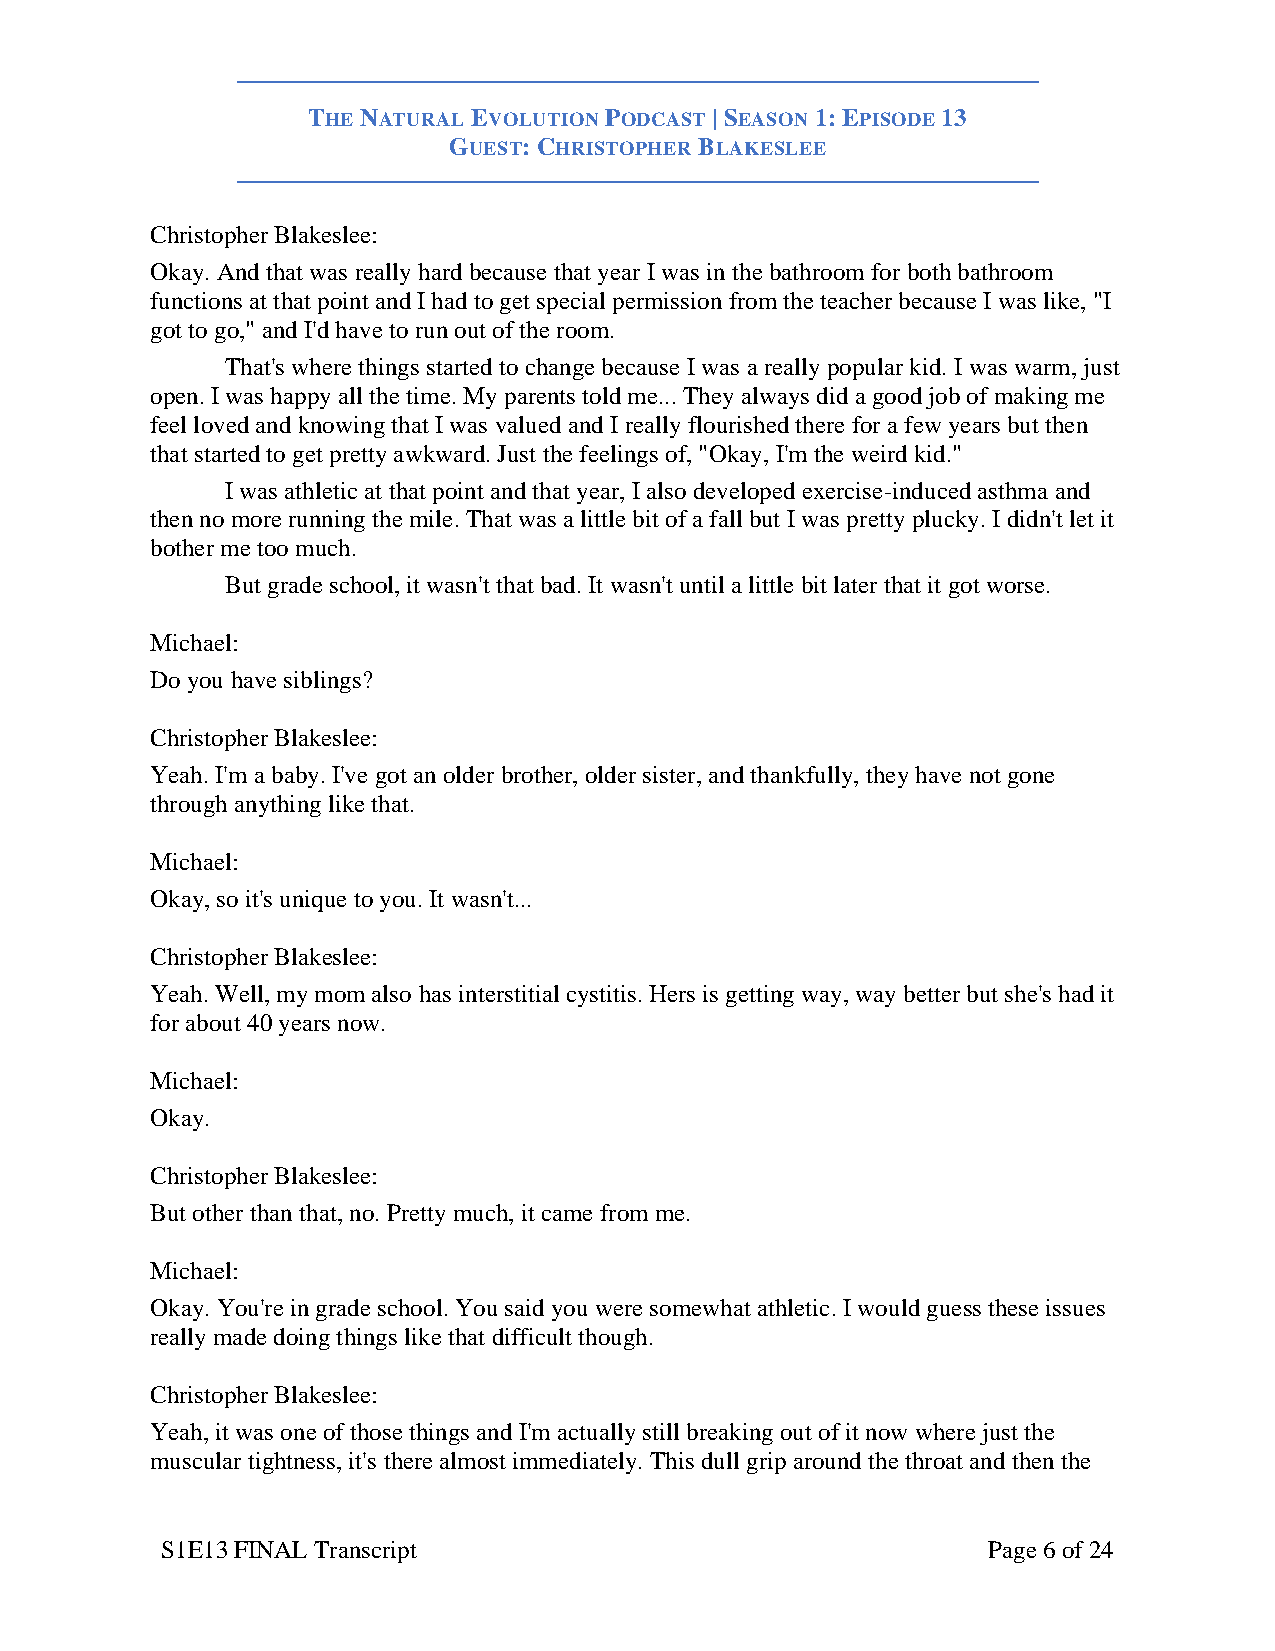
THE NATURAL EVOLUTION PODCAST | SEASON 1: EPISODE 13
 GUEST: CHRISTOPHER BLAKESLEE
 Christopher Blakeslee:
 Okay. And that was really hard because that year I was in the bathroom for both bathroom
 functions at that point and I had to get special permission from the teacher because I was like, "I
 got to go," and I'd have to run out of the room.
 That's where things started to change because I was a really popular kid. I was warm, just
 open. I was happy all the time. My parents told me... They always did a good job of making me
 feel loved and knowing that I was valued and I really flourished there for a few years but then
 that started to get pretty awkward. Just the feelings of, "Okay, I'm the weird kid."
 I was athletic at that point and that year, I also developed exercise-induced asthma and
 then no more running the mile. That was a little bit of a fall but I was pretty plucky. I didn't let it
 bother me too much.
 But grade school, it wasn't that bad. It wasn't until a little bit later that it got worse.
 Michael:
 Do you have siblings?
 Christopher Blakeslee:
 Yeah. I'm a baby. I've got an older brother, older sister, and thankfully, they have not gone
 through anything like that.
 Michael:
 Okay, so it's unique to you. It wasn't...
 Christopher Blakeslee:
 Yeah. Well, my mom also has interstitial cystitis. Hers is getting way, way better but she's had it
 for about 40 years now.
 Michael:
 Okay.
 Christopher Blakeslee:
 But other than that, no. Pretty much, it came from me.
 Michael:
 Okay. You're in grade school. You said you were somewhat athletic. I would guess these issues
 really made doing things like that difficult though.
 Christopher Blakeslee:
 Yeah, it was one of those things and I'm actually still breaking out of it now where just the
 muscular tightness, it's there almost immediately. This dull grip around the throat and then the
 S1E13 FINAL Transcript                                Page 6 of 24